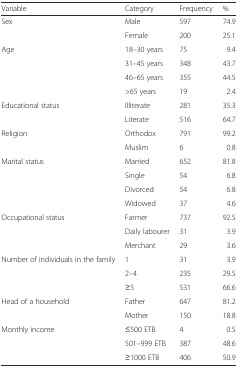
| Variable | Category | Frequency | % |
 | --- | --- | --- | --- |
 | <ROWSPAN=2> Sex | Male | 597 | 74.9 |
 | Female | 200 | 25.1 |
 | <ROWSPAN=4> Age | 18–30 years | 75 | 9.4 |
 | 31–45 years | 348 | 43.7 |
 | 46–65 years | 355 | 44.5 |
 | >65 years | 19 | 2.4 |
 | <ROWSPAN=2> Educational status | Illiterate | 281 | 35.3 |
 | Literate | 516 | 64.7 |
 | <ROWSPAN=2> Religion | Orthodox | 791 | 99.2 |
 | Muslim | 6 | 0.8 |
 | <ROWSPAN=4> Marital status | Married | 652 | 81.8 |
 | Single | 54 | 6.8 |
 | Divorced | 54 | 6.8 |
 | Widowed | 37 | 4.6 |
 | <ROWSPAN=3> Occupational status | Farmer | 737 | 92.5 |
 | Daily labourer | 31 | 3.9 |
 | Merchant | 29 | 3.6 |
 | <ROWSPAN=3> Number of individuals in the family | 1 | 31 | 3.9 |
 | 2–4 | 235 | 29.5 |
 | ≥5 | 531 | 66.6 |
 | <ROWSPAN=2> Head of a household | Father | 647 | 81.2 |
 | Mother | 150 | 18.8 |
 | <ROWSPAN=3> Monthly income | ≤500 ETB | 4 | 0.5 |
 | 501–999 ETB | 387 | 48.6 |
 | ≥1000 ETB | 406 | 50.9 |